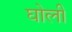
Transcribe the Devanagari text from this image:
घोली